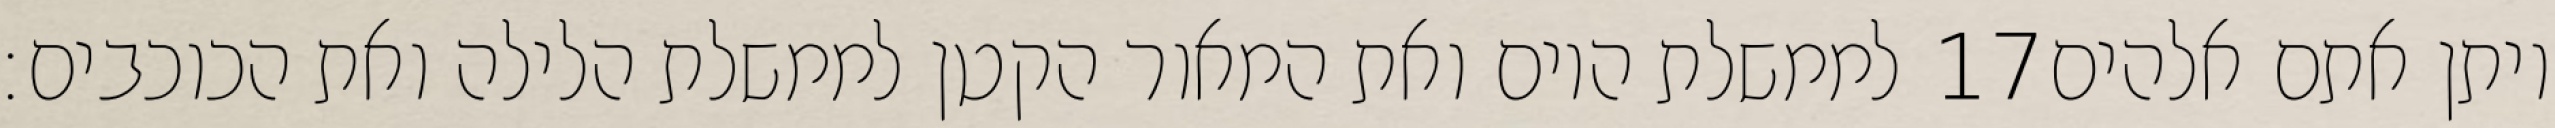
לממשלת היום ואת המאור הקטן לממשלת הלילה ואת הכוכבים׃ ‎17‏ ויתן אתם אלהים